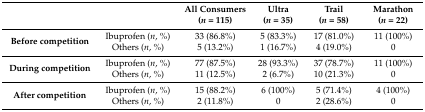
|  |  | All Consumers (n = 115) | Ultra (n = 35) | Trail (n = 58) | Marathon (n = 22) |
 | --- | --- | --- | --- | --- | --- |
 | <ROWSPAN=2> Before competition | Ibuprofen (n, %) | 33 (86.8%) | 5 (83.3%) | 17 (81.0%) | 11 (100%) |
 | Others (n, %) | 5 (13.2%) | 1 (16.7%) | 4 (19.0%) | 0 |
 | <ROWSPAN=2> During competition | Ibuprofen (n, %) | 77 (87.5%) | 28 (93.3%) | 37 (78.7%) | 11 (100%) |
 | Others (n, %) | 11 (12.5%) | 2 (6.7%) | 10 (21.3%) | 0 |
 | <ROWSPAN=2> After competition | Ibuprofen (n, %) | 15 (88.2%) | 6 (100%) | 5 (71.4%) | 4 (100%) |
 | Others (n, %) | 2 (11.8%) | 0 | 2 (28.6%) | 0 |